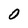
Character: 0